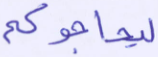
ليحاجوكم